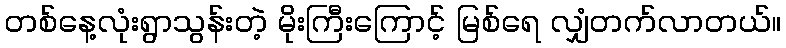
တစ်နေ့လုံးရွာသွန်းတဲ့ မိုးကြီးကြောင့် မြစ်ရေ လျှံတက်လာတယ်။